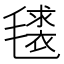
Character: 𭯧